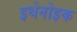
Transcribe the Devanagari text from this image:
इथेनोइक